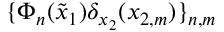
\{ \Phi _ { n } ( \tilde { x } _ { 1 } ) \delta _ { x _ { 2 } } ( x _ { 2 , m } ) \} _ { n , m }